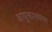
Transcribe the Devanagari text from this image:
आयुक्तालयाला